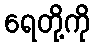
ရေတို့ကို